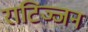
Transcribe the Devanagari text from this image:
राटिञ्जन